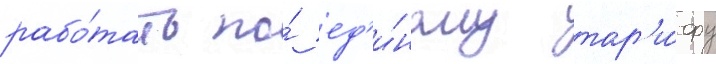
рабо́тать по́ ед'и́ному тар'и́фу